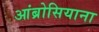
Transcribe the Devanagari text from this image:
आंब्रोसियाना